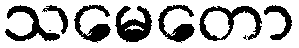
သမေတော